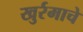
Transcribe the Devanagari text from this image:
खुर्रमाचे